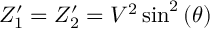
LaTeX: Z _ { 1 } ^ { \prime } = Z _ { 2 } ^ { \prime } = V ^ { 2 } \sin ^ { 2 } \left( \theta \right)